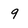
Character: 9